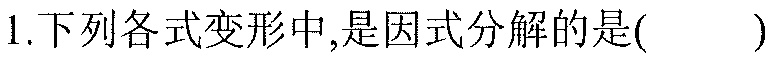
1.下列各式变形中,是因式分解的是(  )